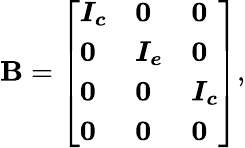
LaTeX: \boldsymbol{\mathbf{B}}=\left[\begin{array}{lll}{\boldsymbol{I_{c}}}&{\boldsymbol{0}}&{\boldsymbol{0}}\\ {\boldsymbol{0}}&{\boldsymbol{I_{e}}}&{\boldsymbol{0}}\\ {\boldsymbol{0}}&{\boldsymbol{0}}&{\boldsymbol{I_{c}}}\\ {\boldsymbol{0}}&{\boldsymbol{0}}&{\boldsymbol{0}}\end{array}\right],